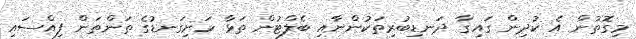
މިގޮތުން އެ ކުދިން ގައިގާ ދަނޑިބުރިތަކުންނާއި ބެލްޓުން ތަޅާ ހަށިގަނޑުގެ ތަންތަން ފިއްސައި